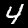
Label: 4